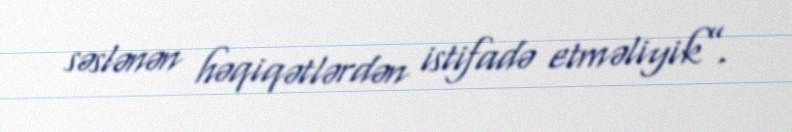
səslənən həqiqətlərdən istifadə etməliyik”.